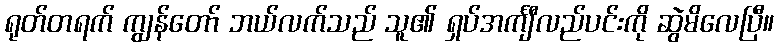
ရုတ်တရက် ကျွန်တော် ဘယ်လက်သည် သူ၏ ရှပ်အင်္ကျီလည်ပင်းကို ဆွဲမိလေပြီ။